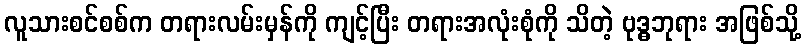
လူသားစင်စစ်က တရားလမ်းမှန်ကို ကျင့်ပြီး တရားအလုံးစုံကို သိတဲ့ ဗုဒ္ဓဘုရား အဖြစ်သို့